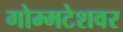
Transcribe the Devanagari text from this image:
गोम्मटेशवर